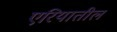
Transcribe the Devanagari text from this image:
एरियातील